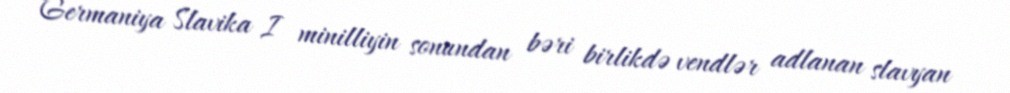
Germaniya Slavika I minilliyin sonundan bəri birlikdə vendlər adlanan slavyan